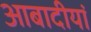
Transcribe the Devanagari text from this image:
आबादीयां